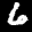
Label: 6